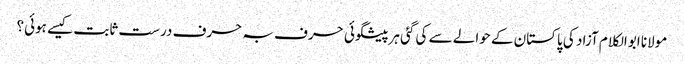
مولانا ابوالکلام آزاد کی پاکستان کے حوالے سے کی گئی ہرپیشگوئی حرف بہ حرف درست ثابت کیسے ہوئی؟